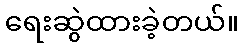
ရေးဆွဲထားခဲ့တယ်။